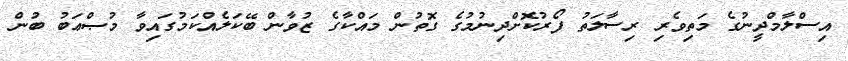
އިސްލާމްދީނުގެ މަތިވެރި ރިސާލަތު ފޯރުކޮށްދިނުމުގެ ގޮތުން މައްކާގެ ޒުވާން ބޭކަލެއްކަމުގައިވާ މުޞްޢަބު ބުން